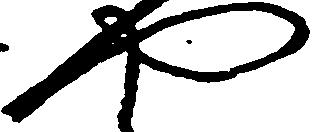
や